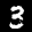
Label: 3